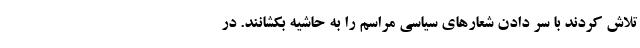
تلاش کردند با سر دادن شعارهای سیاسی مراسم را به حاشیه بکشانند. در